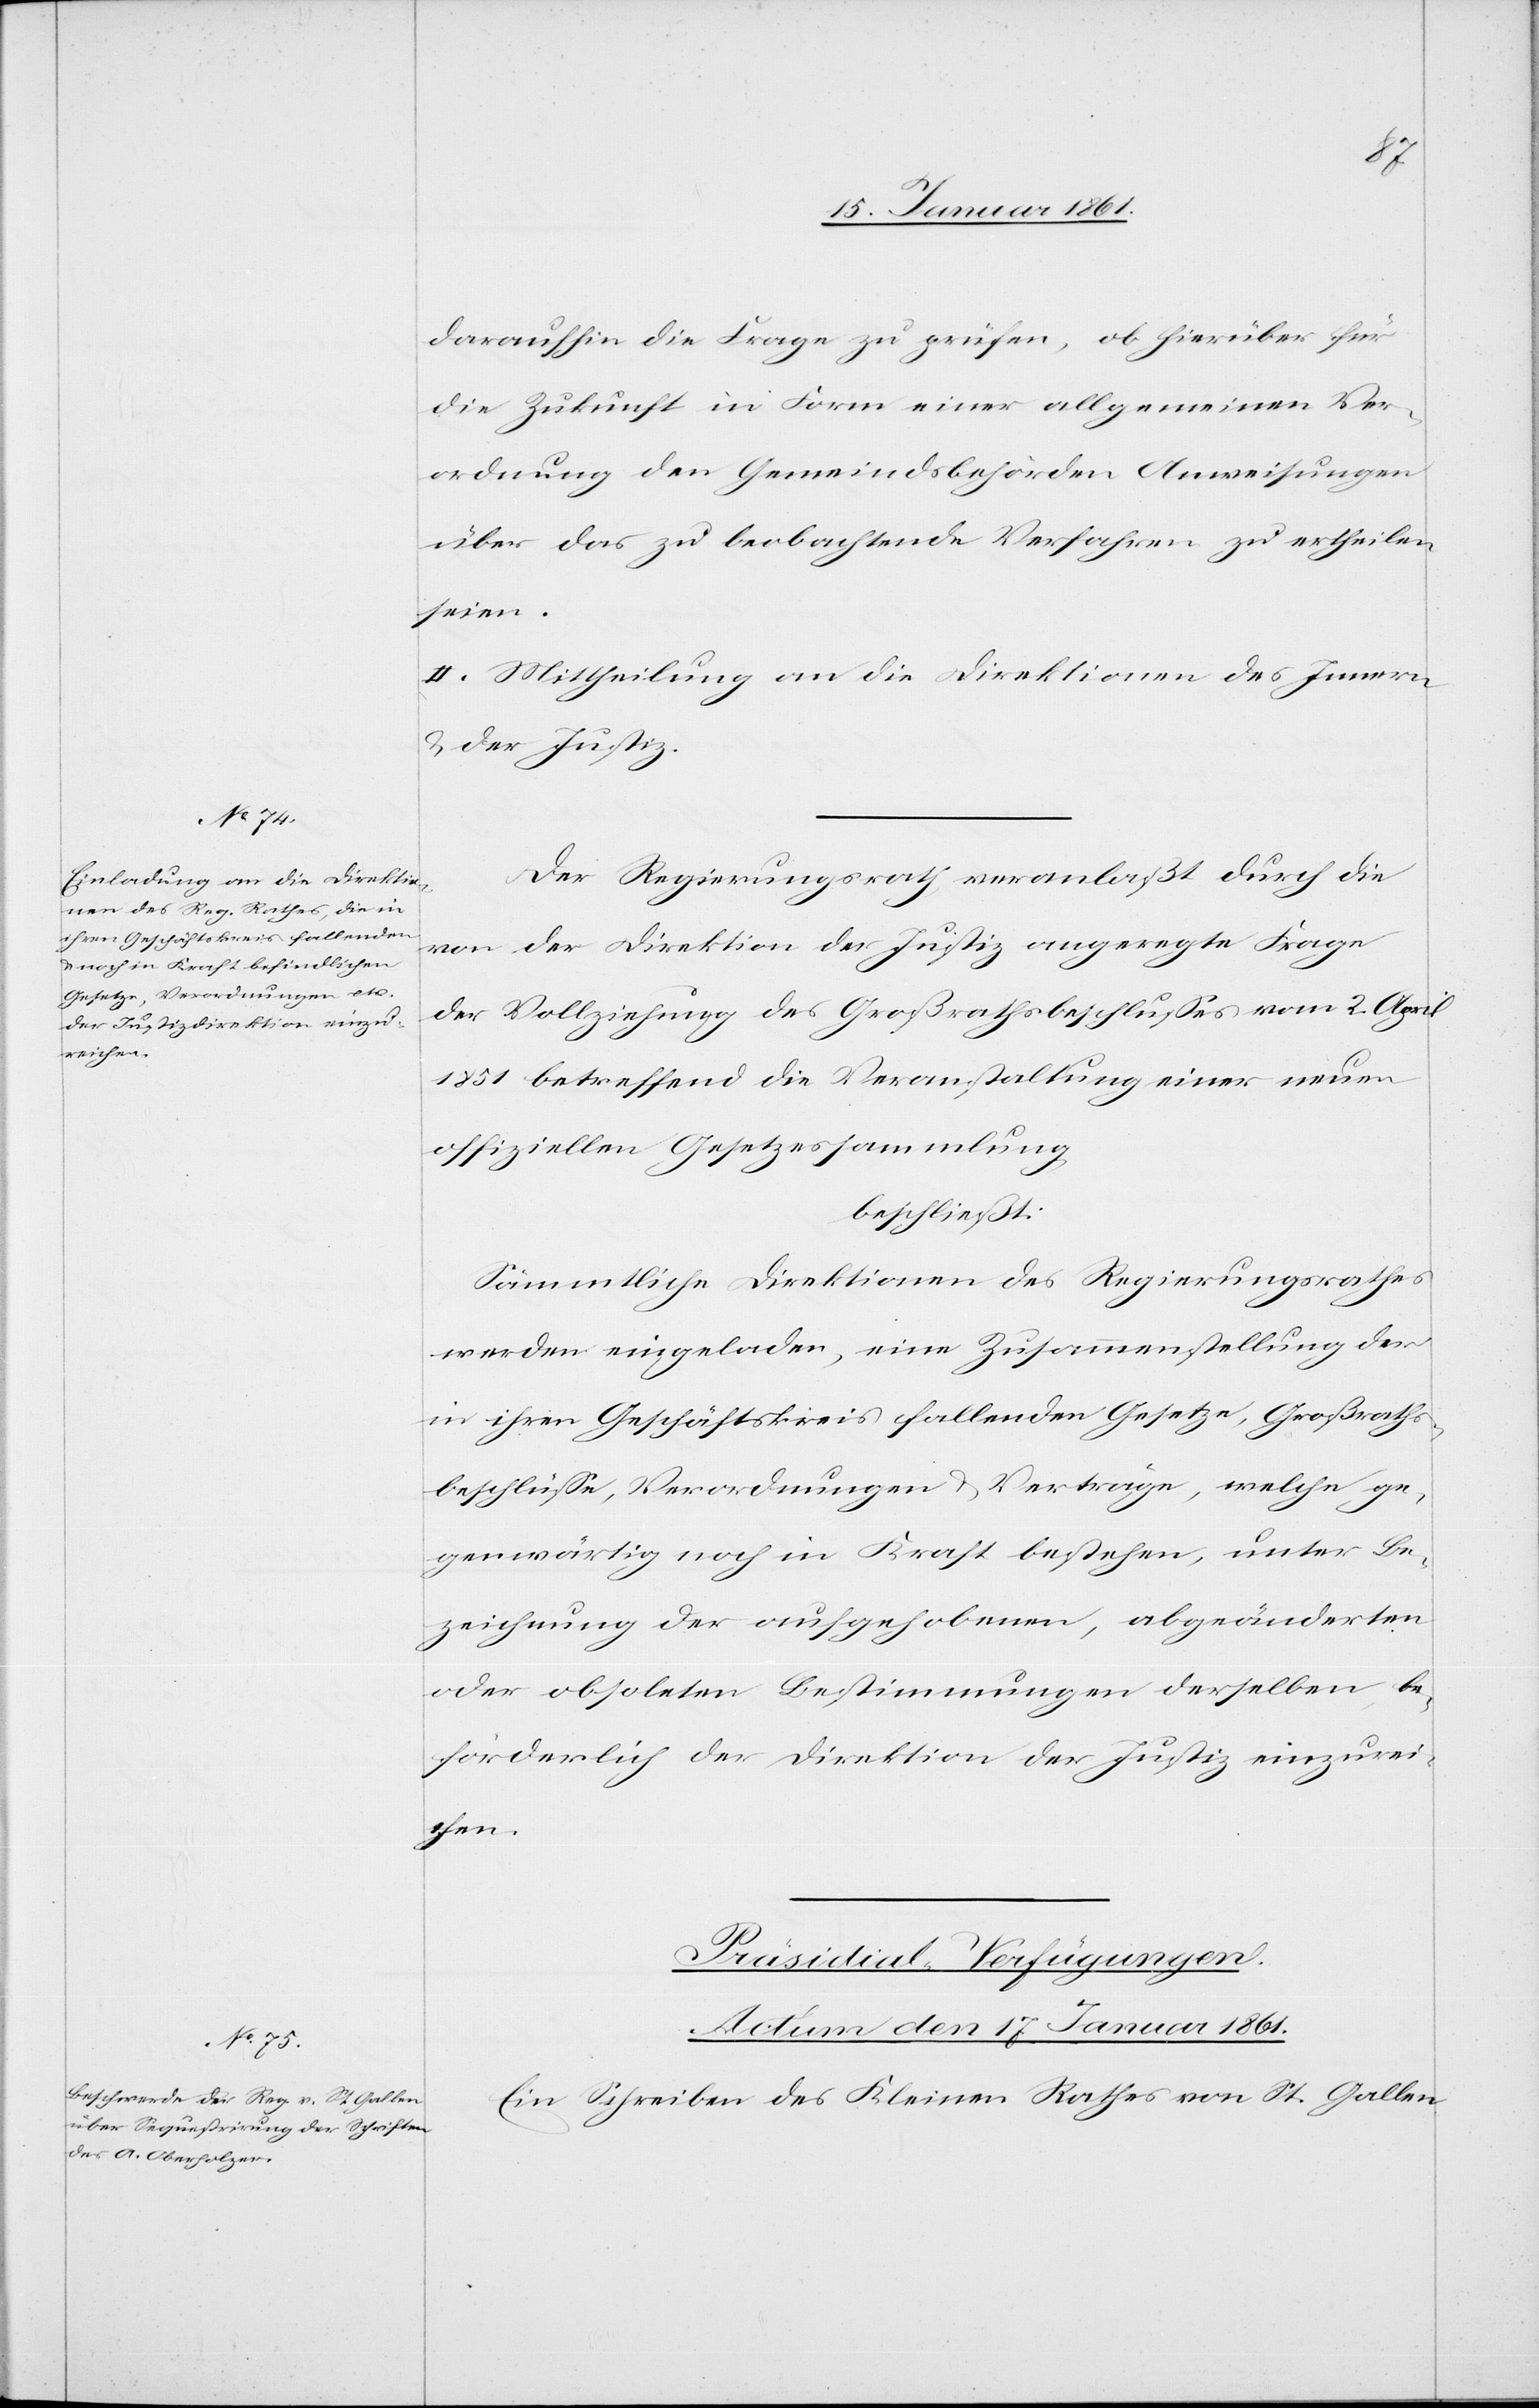
daraufhin die Frage zu prüfen, ob hierüber für
die Zukunft in Form einer allgemeinen Ver¬
ordnung den Gemeindsbehörden Anweisungen
über das zu beobachtende Verfahren zu ertheilen
seien.
II. Mittheilung an die Direktionen des Innern
u. der Justiz.
Der Regierungsrath veranlaßt durch die
von der Direktion der Justiz angeregte Frage
der Vollziehung des Großrathsbeschlusses vom 2. April
1851 betreffend die Veranstaltung einer neuen
offiziellen Gesetzessammlung,
beschließt:
Sämmtliche Direktionen des Regierungsrathes
werden eingeladen, eine Zusammenstellung der
in ihren Geschäftskreis fallenden Gesetze, Großraths¬
beschlüsse, Verordnungen u. Verträge, welche ge¬
genwärtig noch in Kraft bestehen, unter Be¬
zeichnung der aufgehobenen, abgeänderten
oder obsoleten Bestimmungen derselben be¬
förderlich der Direktion der Justiz einzurei¬
chen.
Präsidial-Verfügungen.
Actum den 17. Januar 1861.
Ein Schreiben des Kleinen Rathes von St. Gallen